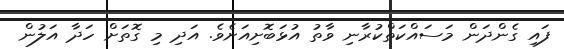
ފައި ގެންދަން މަސައްކަތްކުރާނި ވާތު އުޅަބޮށިއަށެވެ. އަދި މި ގޮތަށް ހަދާ އަލުން